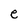
Character: e